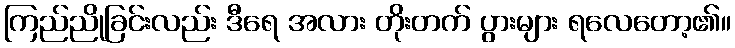
ကြည်ညိုခြင်းလည်း ဒီရေ အလား တိုးတက် ပွားများ ရလေတော့၏။